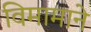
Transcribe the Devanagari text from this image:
विमामाने